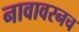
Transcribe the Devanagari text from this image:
नावावरनच